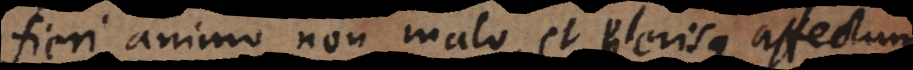
fieri animo non malo, et plerisque affectum